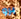
برو